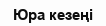
Юра кезеңі